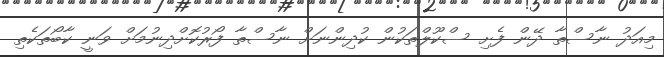
މިއަދު ނާސްތާ ދޭން ފެށި ސްކޫލްތަކުން ކުދިންނަށް ނާސްތާ ފޯރުކޮށްދިނުމަށް ވަނީ ކާބޯތަކެތި